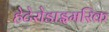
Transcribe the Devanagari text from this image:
हेटेरोडाइमरिक